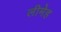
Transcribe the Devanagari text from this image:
लीमेह